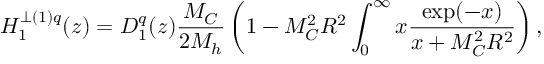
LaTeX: H _ { 1 } ^ { \perp ( 1 ) q } ( z ) = D _ { 1 } ^ { q } ( z ) \frac { M _ { C } } { 2 M _ { h } } \left( 1 - M _ { C } ^ { 2 } R ^ { 2 } \int _ { 0 } ^ { \infty } \d x \frac { \exp ( - x ) } { x + M _ { C } ^ { 2 } R ^ { 2 } } \right) ,